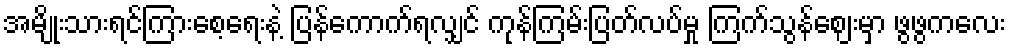
အမျိုးသားရင်ကြားစေ့ရေးနဲ့ ပြန်ကောက်ရလျှင် ကုန်ကြမ်းပြတ်လပ်မှု ကြက်သွန်ဈေးမှာ ဖွဖွကလေး